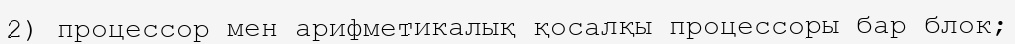
2) процессор мен арифметикалық қосалқы процессоры бар блок;